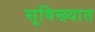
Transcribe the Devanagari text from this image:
सूविख्यात